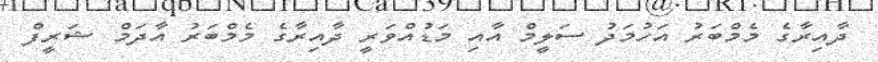
ދާއިރާގެ މެމްބަރު އަހުމަދު ސަލީމް އާއި މަޑުއްވަރީ ދާއިރާގެ މެމްބަރު އާދަމް ޝަރީފް